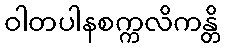
ဝါတပါနစက္ကလိကန္တိ